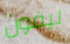
ليفون